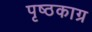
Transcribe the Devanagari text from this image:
पृष्ठकाग्र